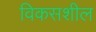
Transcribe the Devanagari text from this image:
विकसशील